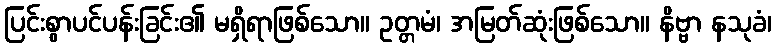
ပြင်းစွာပင်ပန်းခြင်း၏ မရှိရာဖြစ်သော။ ဥတ္တမံ၊ အမြတ်ဆုံးဖြစ်သော။ နိဗ္ဗာ နသုခံ၊